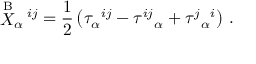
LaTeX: \stackrel { \mathrm { B } } { X } _ { \alpha } { } ^ { \! i j } = \frac { 1 } { 2 } \left( \tau _ { \alpha } { } ^ { i j } - \tau ^ { i j } { } _ { \alpha } + \tau ^ { j } { } _ { \alpha } { } ^ { i } \right) \, .